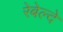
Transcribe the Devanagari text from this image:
रेबेल्दे